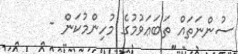
ސުންނަތައް ތަބަޢަވުމުގެ މުހިންމުކަން -